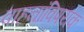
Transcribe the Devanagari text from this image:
वाहनांविषयक